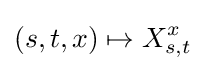
(s,t,x)\mapsto X_{s,t}^{x}